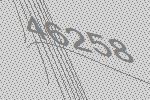
46258